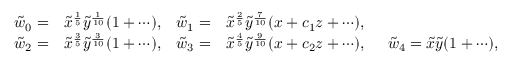
\begin{array} { r l r l r l } & { } & { \tilde { w } _ { 0 } = } & { \tilde { x } ^ { \frac { 1 } { 5 } } \tilde { y } ^ { \frac { 1 } { 1 0 } } ( 1 + \cdots ) , } & { \tilde { w } _ { 1 } = } & { \tilde { x } ^ { \frac { 2 } { 5 } } \tilde { y } ^ { \frac { 7 } { 1 0 } } ( x + c _ { 1 } z + \cdots ) , } \\ & { } & { \tilde { w } _ { 2 } = } & { \tilde { x } ^ { \frac { 3 } { 5 } } \tilde { y } ^ { \frac { 3 } { 1 0 } } ( 1 + \cdots ) , } & { \tilde { w } _ { 3 } = } & { \tilde { x } ^ { \frac { 4 } { 5 } } \tilde { y } ^ { \frac { 9 } { 1 0 } } ( x + c _ { 2 } z + \cdots ) , \, \, \, \, \, \, \, \, \tilde { w } _ { 4 } = \tilde { x } \tilde { y } ( 1 + \cdots ) , } \end{array}